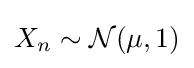
X_{n}\sim {\mathcal {N}}(\mu ,1)